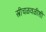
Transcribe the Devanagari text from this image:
स्त्रीचळवळीशी